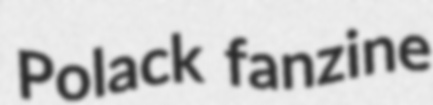
Polack fanzine